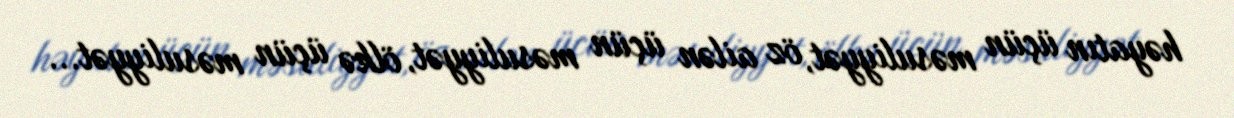
həyatın üçün məsuliyyət, öz ailən üçün məsuliyyət, ölkə üçün məsuliyyət...